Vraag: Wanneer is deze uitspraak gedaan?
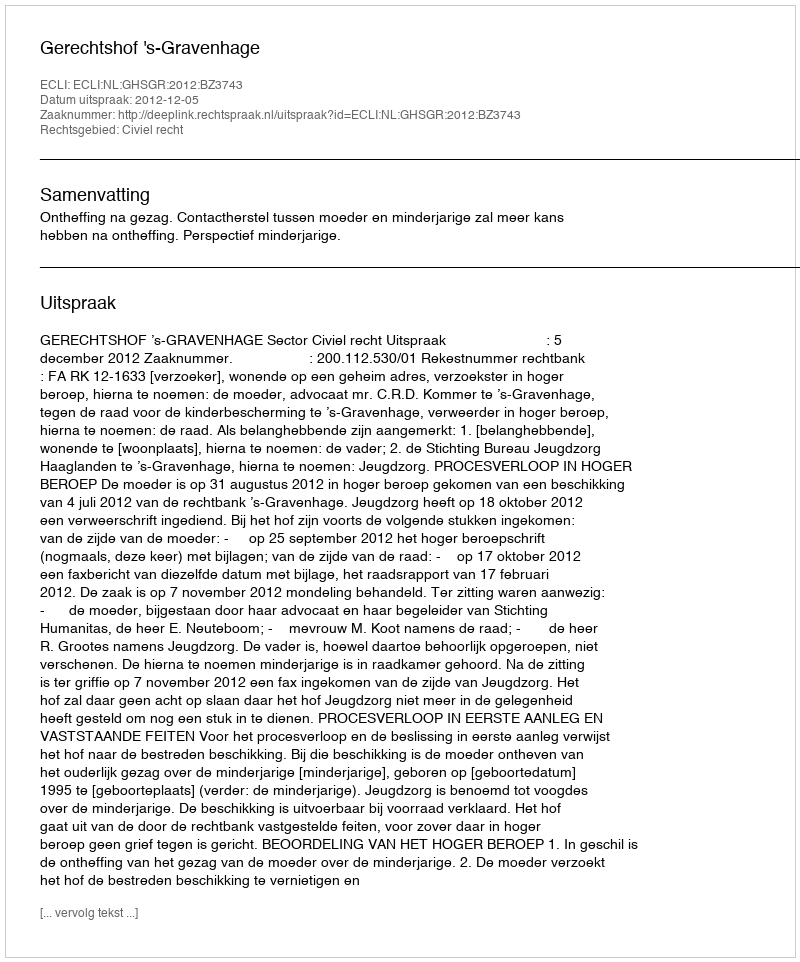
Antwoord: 2012-12-05